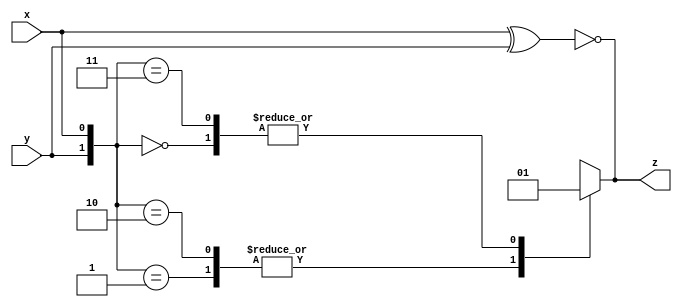
module top_module(
	input x,
	input y,
	output z);

	// The simulation waveforms gives you a truth table:
	// y x   z
	// 0 0   1
	// 0 1   0
	// 1 0   0
	// 1 1   1   
	// Two minterms: 
	// assign z = (~x & ~y) | (x & y);

	// Or: Notice this is an XNOR.
	assign z = ~(x^y);


    // my solution
    always @(*) begin
        case({y,x})
            2'b00:z = 1;
            2'b01:z = 0;
            2'b10:z = 0;
            2'b11:z = 1;
        endcase
    end
endmodule